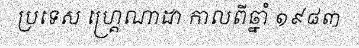
ប្រទេស ហ្គ្រេណាដា កាលពីឆ្នាំ ១៩៨៣